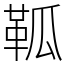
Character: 䩝